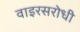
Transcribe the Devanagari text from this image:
वाइरसरोधी